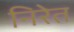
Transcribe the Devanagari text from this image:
निरेत